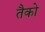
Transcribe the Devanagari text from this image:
तैको